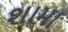
શામા